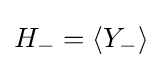
H_{-}=\langle Y_{-}\rangle